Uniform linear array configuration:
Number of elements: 64
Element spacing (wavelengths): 0.5
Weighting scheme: binomial
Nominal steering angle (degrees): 0
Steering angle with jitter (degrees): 1.263
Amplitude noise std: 0.05
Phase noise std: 0.05

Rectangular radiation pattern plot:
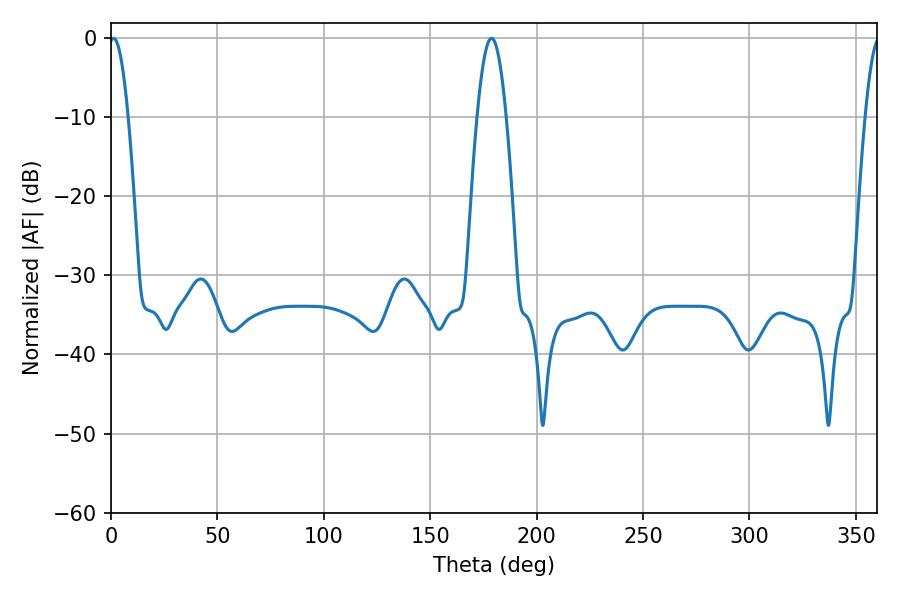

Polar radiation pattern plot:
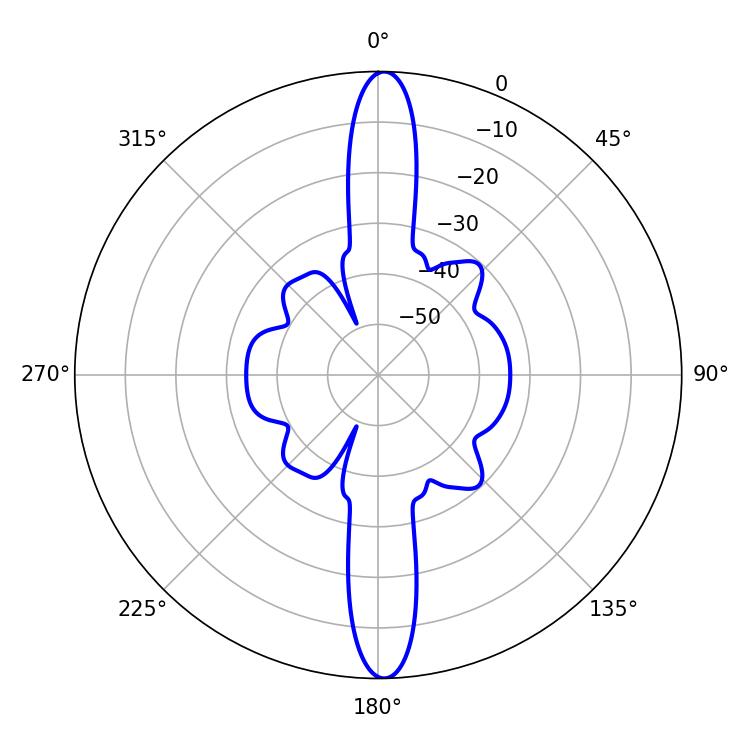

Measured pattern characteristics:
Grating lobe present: FALSE
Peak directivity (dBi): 25.195
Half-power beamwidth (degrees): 4.86
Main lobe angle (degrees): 1.26